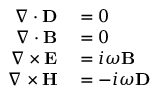
\begin{array} { r l } { \nabla \cdot \mathbf { D } } & { { } = 0 } \\ { \nabla \cdot \mathbf { B } } & { { } = 0 } \\ { \nabla \times \mathbf { E } } & { { } = i \omega \mathbf { B } } \\ { \nabla \times \mathbf { H } } & { { } = - i \omega \mathbf { D } } \end{array}